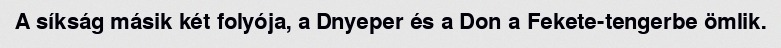
A síkság másik két folyója, a Dnyeper és a Don a Fekete-tengerbe ömlik.